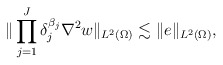
\begin{align*}\|\prod_{j=1}^J \delta_j^{\beta_j} \nabla^2 w\|_{L^2(\Omega)} \lesssim \|e\|_{L^2(\Omega)}, \end{align*}